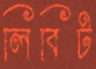
লিবিট